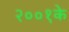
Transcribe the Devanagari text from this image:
२००१के